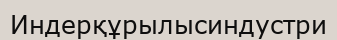
Индерқұрылысиндустри